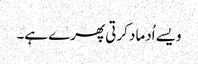
ویسے اُدماد کرتی پھرے ہے۔